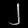
Digit: ၂